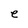
Character: e